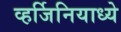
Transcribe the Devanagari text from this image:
व्हर्जिनियाध्ये